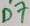
Text: D7